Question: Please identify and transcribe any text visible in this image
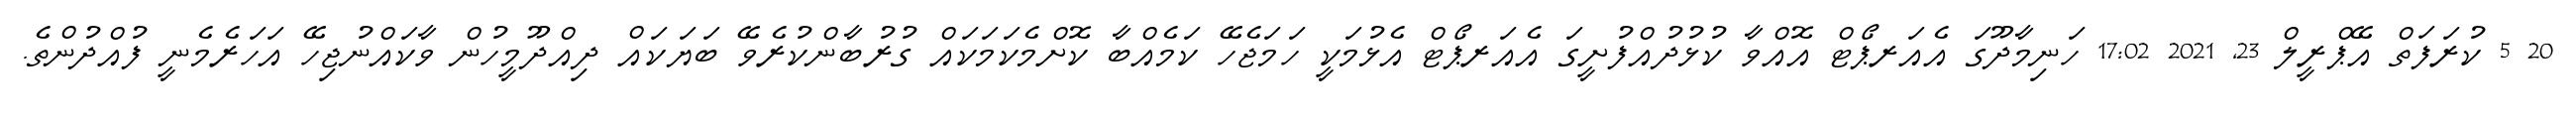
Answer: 20 5 ކުރަފަތް އޭޕްރީލް 23, 2021 17:02 ހަނިމާދޫގަ އެއަރޕޯޓް އޮއްވާ ކުޅުދުއްފުށީގަ އެއަރޕޯޓް އެޅުމަކީ ހަމަޖެހޭ ކަމެއްބާ ކޮށްމެކަމަކައް ގުރުބާންކުރެވޭ ބަޔަކައް ދިއްދޫމީހުން ވާކައްނުޖިހޭ އަހަރެމެނީ ފުއްދުންތެ.